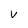
Character: v